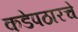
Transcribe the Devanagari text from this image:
कडेपठारचे